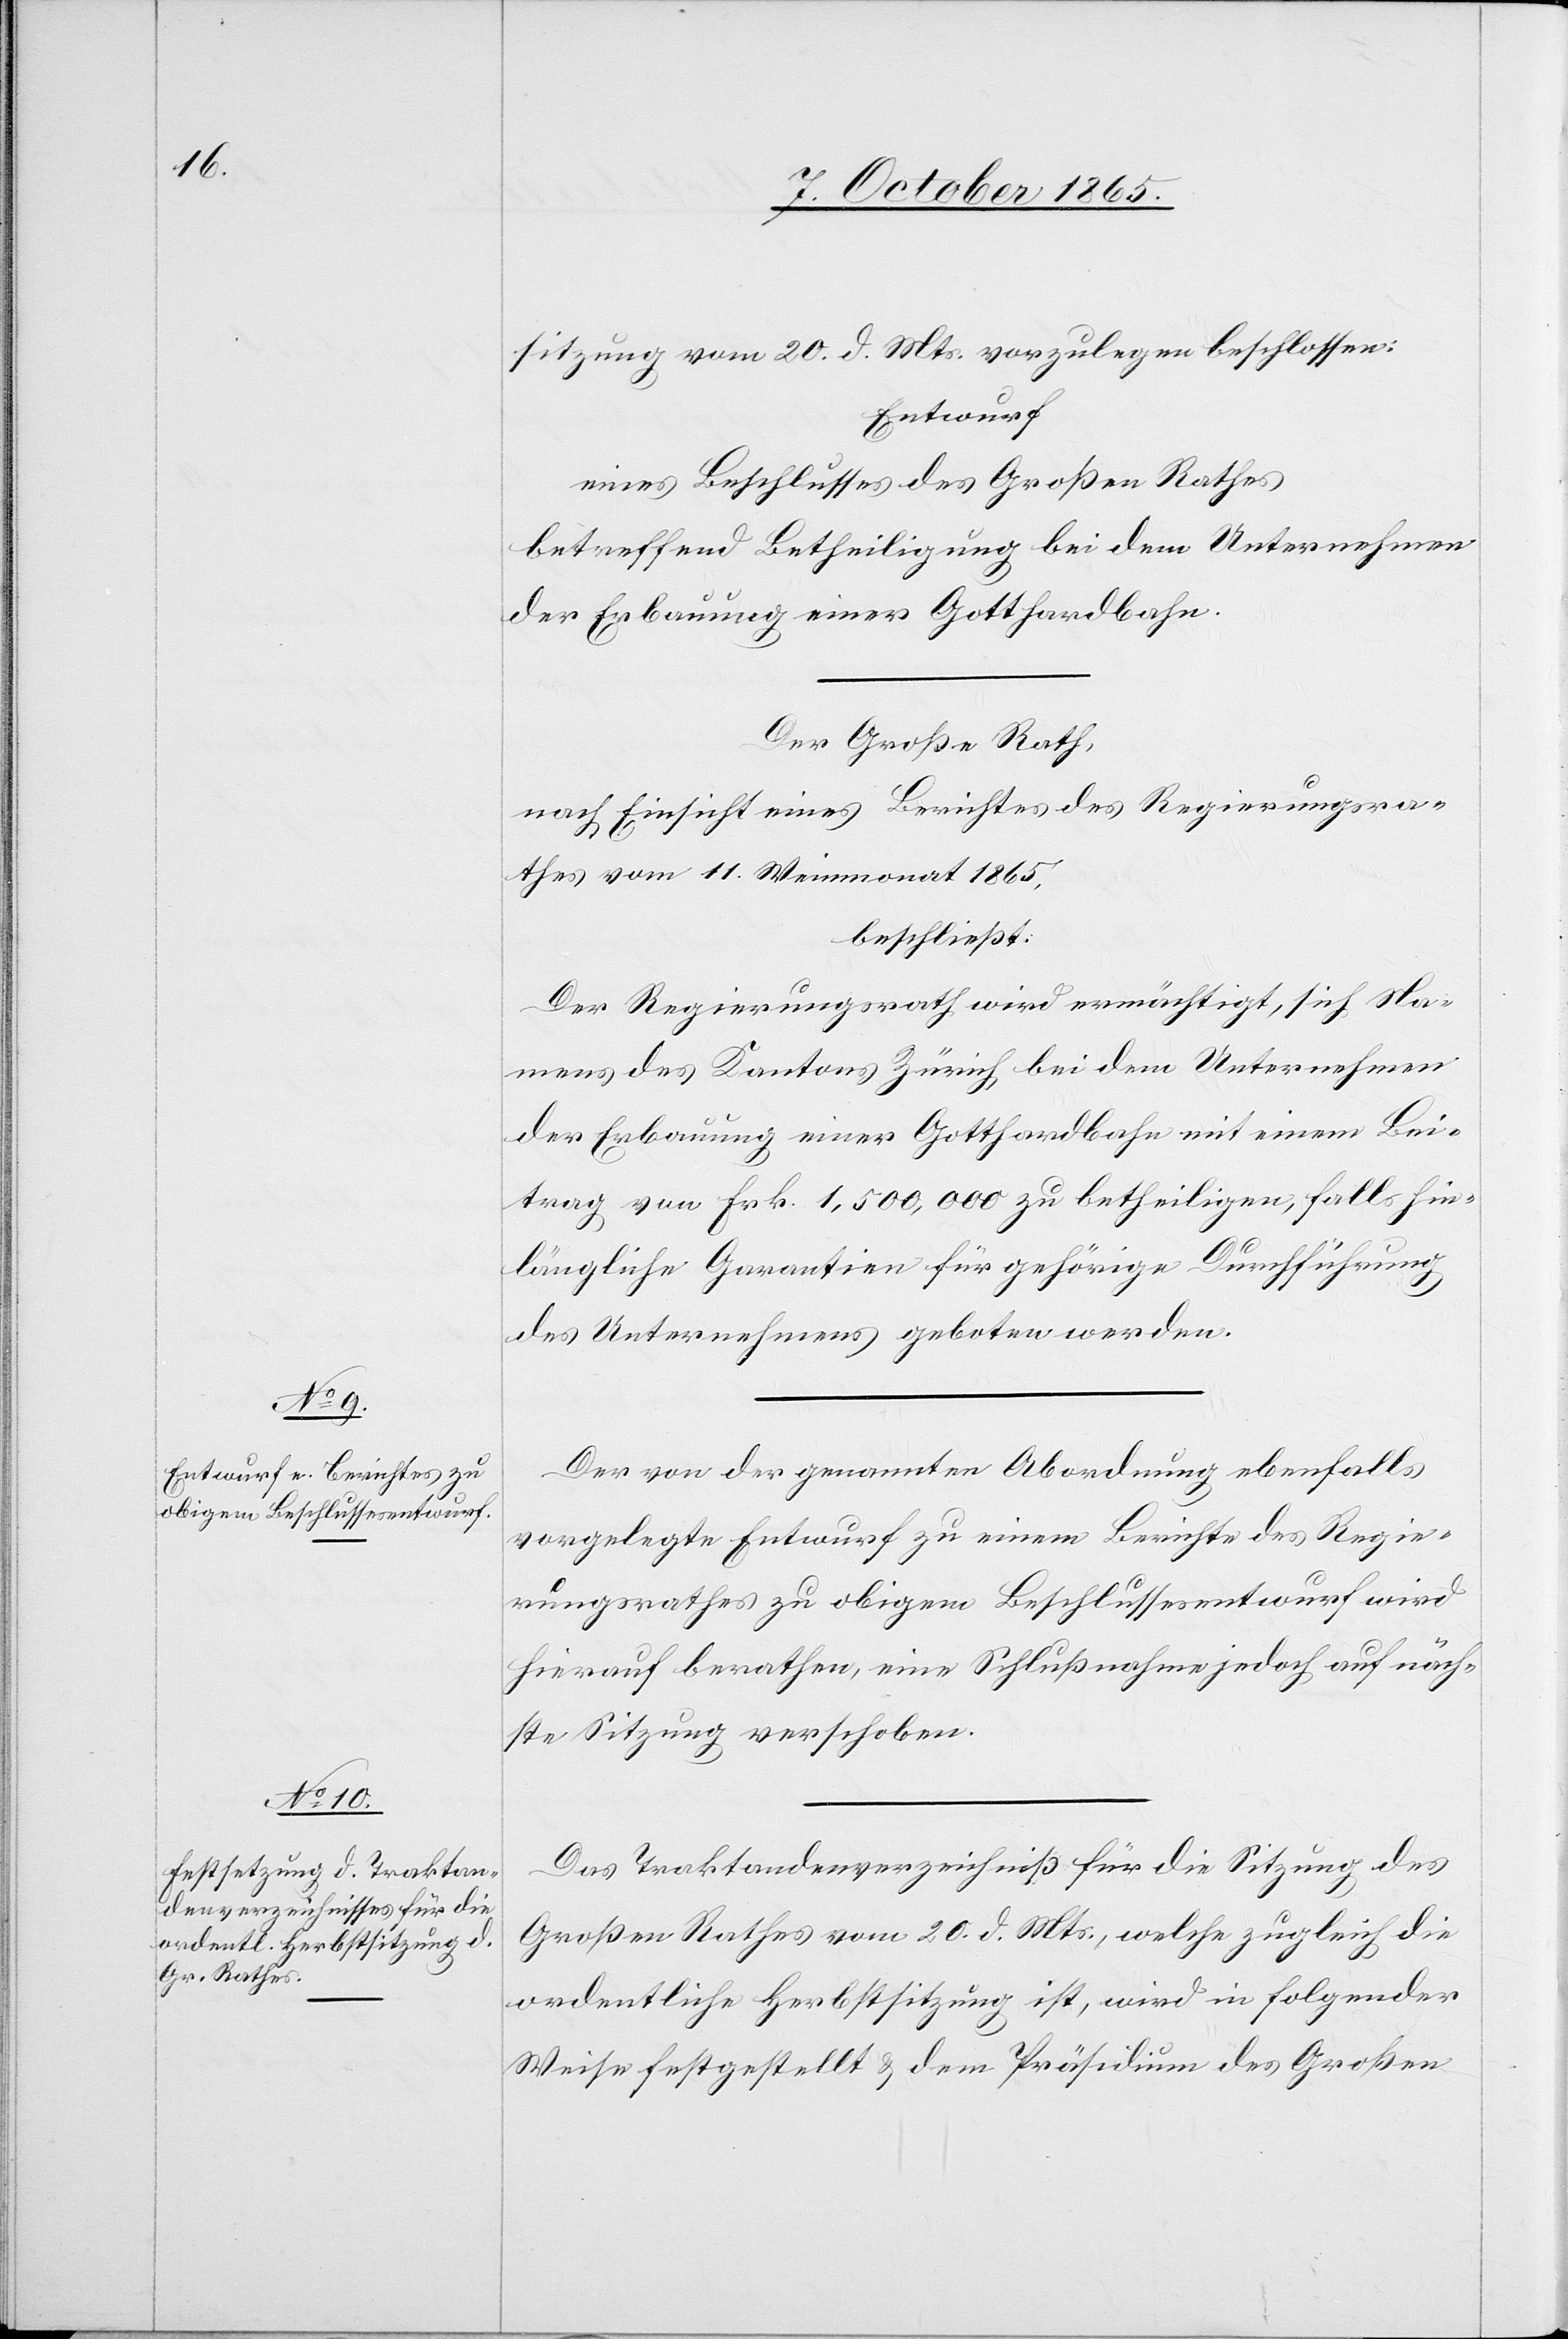
sitzung vom 20. d. Mts. vorzulegen beschlossen:
Entwurf
eines Beschlusses des Großen Rathes
betreffend Betheiligung bei dem Unternehmen
der Erbauung einer Gotthardbahn.
Der Große Rath,
nach Einsicht eines Berichtes des Regierungsra¬
thes vom 11. Weinmonat 1865,
beschließt:
Der Regierungsrath wird ermächtigt, sich Na¬
mens des Kantons Zürich bei dem Unternehmen
der Erbauung einer Gotthardbahn mit einem Bei¬
trag von Frk. 1,500,000 zu betheiligen, falls hin¬
längliche Garantien für gehörige Durchführung
des Unternehmens geboten werden.
Der von der genannten Abordnung ebenfalls
vorgelegte Entwurf zu einem Berichte des Regie¬
rungsrathes zu obigem Beschlussesentwurf wird
hierauf berathen, eine Schlußnahme jedoch auf näch¬
ste Sitzung verschoben.
Das Traktandenverzeichniß für die Sitzung des
Großen Rathes vom 20. d. Mts., welche zugleich die
ordentliche Herbstsitzung ist, wird in folgender
Weise festgestellt & dem Präsidium des Großen